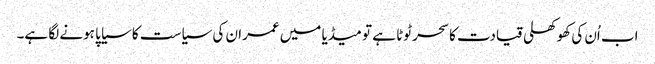
اب اُن کی کھوکھلی قیادت کا سحر ٹوٹا ہے تو میڈیا میں عمران کی سیاست کا سیاپا ہونے لگا ہے۔